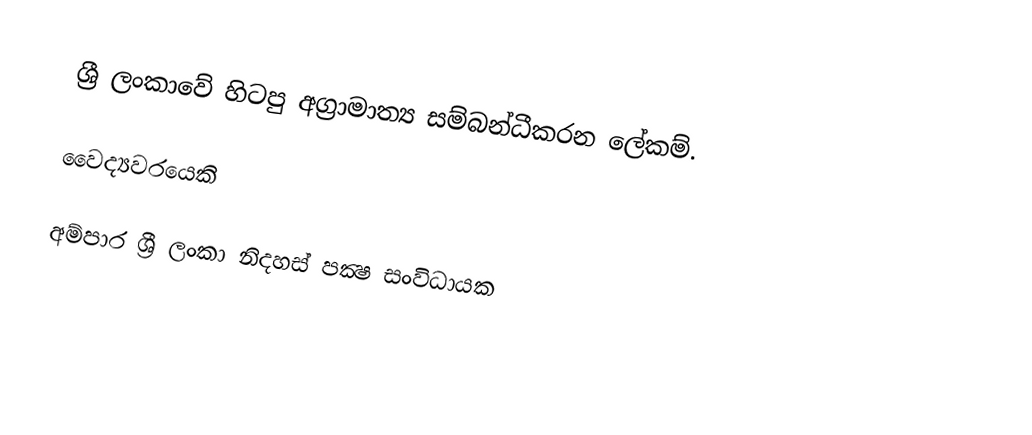
ශ්‍රී ලංකාවේ හිටපු අග්‍රාමාත්‍ය සම්බන්ධීකරන ලේකම්.

වෛද්‍යවරයෙකි

අම්පාර ශ්‍රී ලංකා නිදහස්‌ පක්‍ෂ සංවිධායක